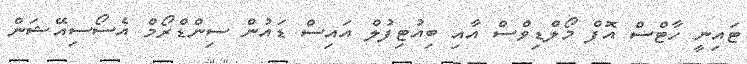
ޓައިނީ ހާޓްސް އޮފް މޯލްޑިވްސް އާއި ބިއުޓިފުލް އައިސް ޑައުން ސިންޑްރޯމް އެސޯސިއޭޝަން